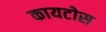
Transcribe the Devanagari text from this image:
कायटोस